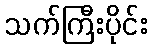
သက်ကြီးပိုင်း